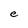
Character: e